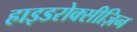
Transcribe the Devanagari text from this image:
हाइडरोक्सीज़िन